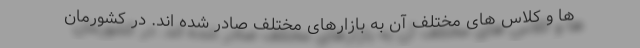
ها و کلاس های مختلف آن به بازارهای مختلف صادر شده اند. در کشورمان